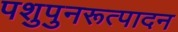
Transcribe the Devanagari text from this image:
पशुपुनरूत्पादन